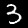
Label: 3